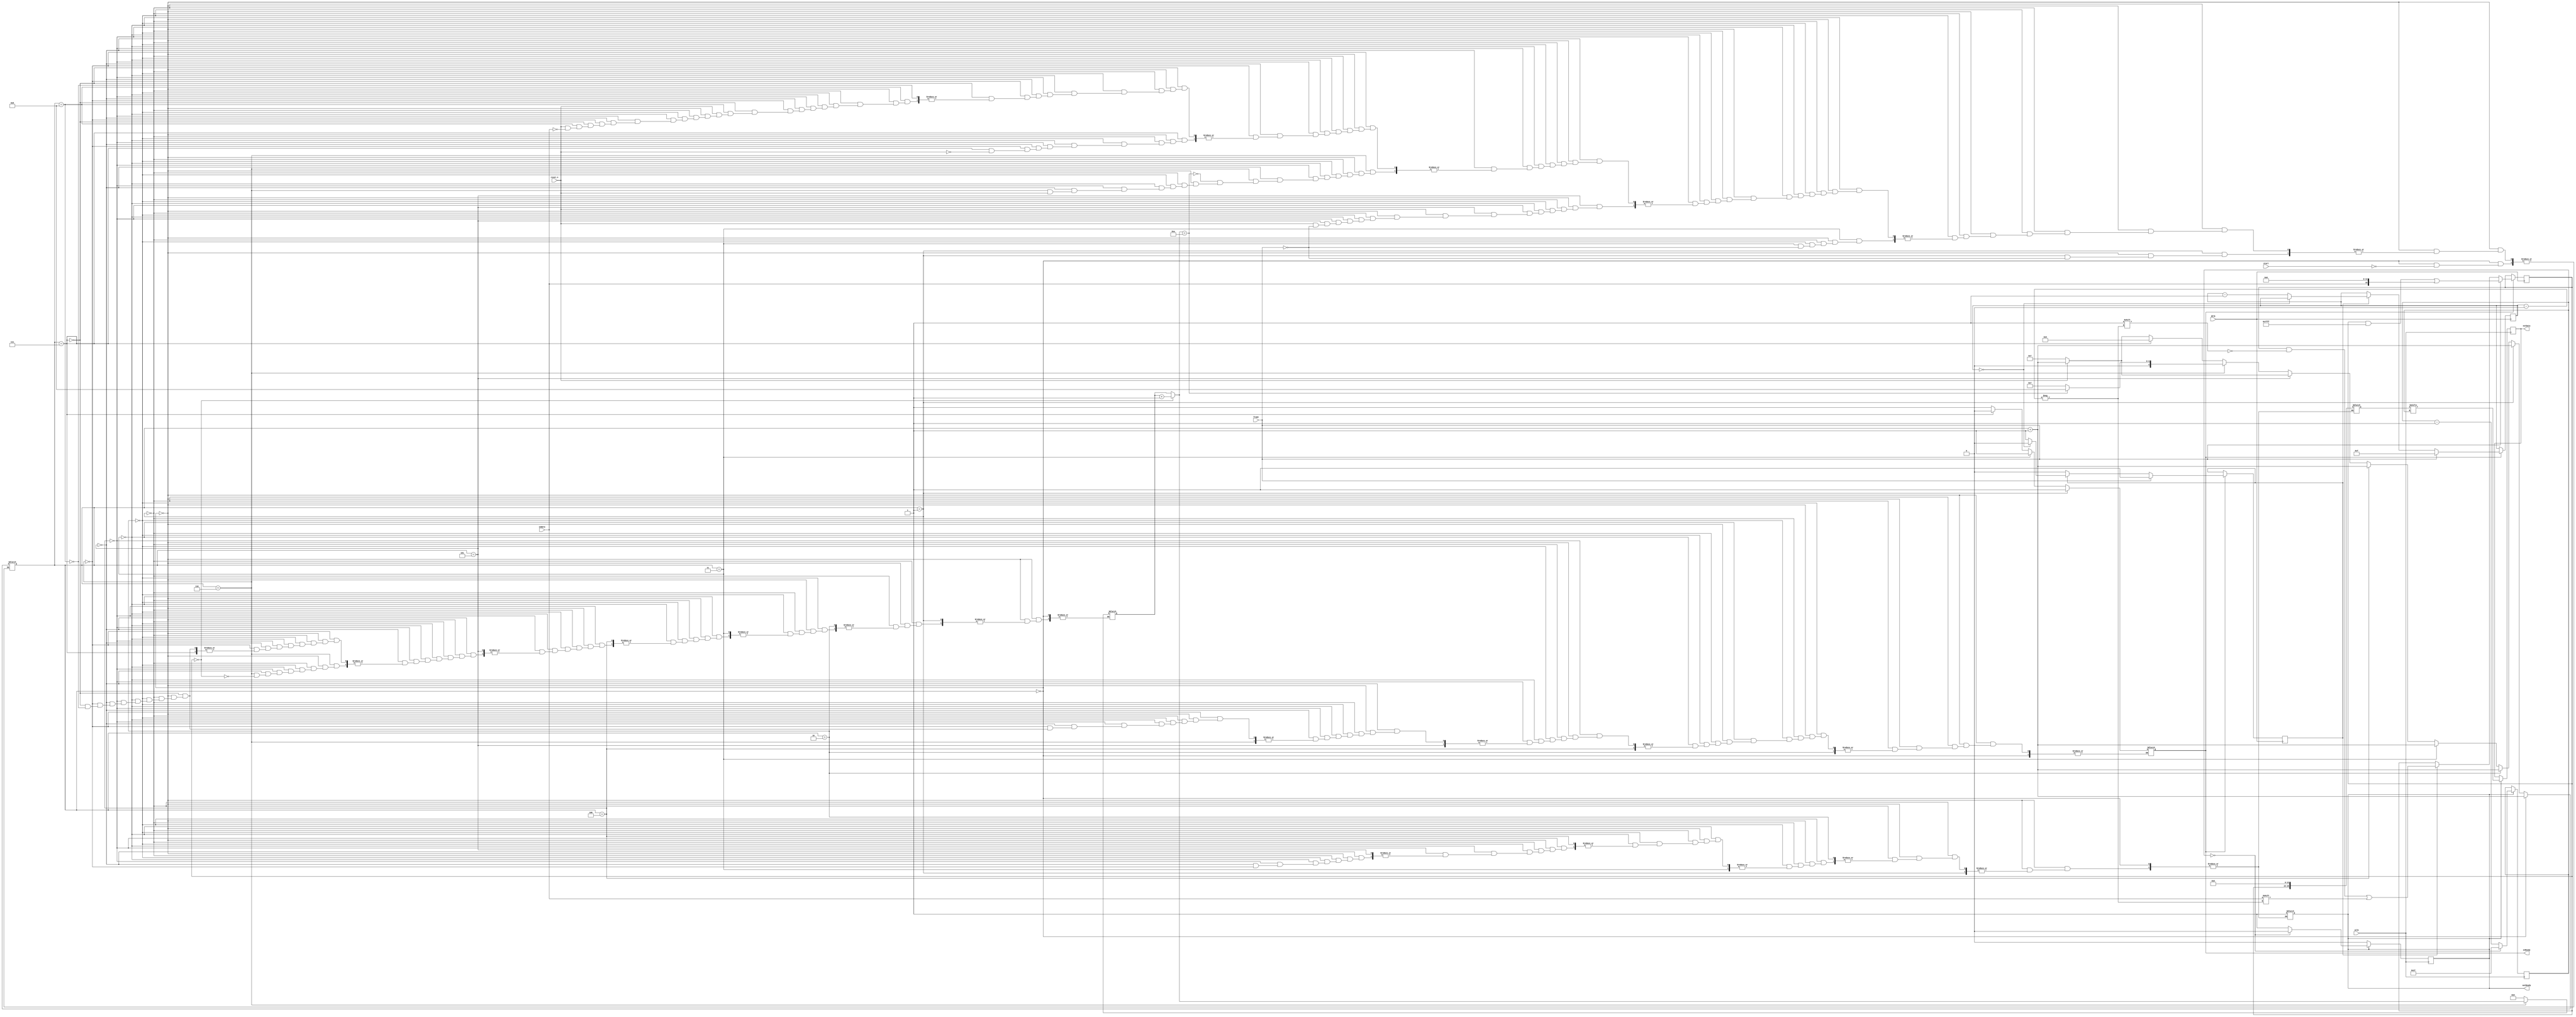
module MSDAP(
    input sClk, //26.88 MHz = Clock period of 38 ns
    input dClk, //768 kHz = Clock period of 1302 ns
    input start,
    input reset_n,
    input frame,
    input inData,
    output reg inReady,
    output reg outReady,
    output reg outData
    );
    
    //State memory
    reg [4:0] state = 4'b0000;
    
    //Registers
    reg [7:0] rj [0:15];        //16 Rj
    reg [15:0]coeff [0:511];    //512 coeff
    
    //Clearable Memory
    reg [15:0] data [0:1499];    //1500 data
    reg [15:0] tempIn;
    reg [31:0] zeroCount = 0;
    reg [39:0] tempOut;
    reg [3:0] inCount;
    reg [5:0] outCount = 39;
    reg readFlag = 0;
    reg writeFlag = 0;
    
    //Reading Input Data at falling edge of D Clock
    always @ (negedge dClk) begin
    
        if(inReady) begin                       //Only accept data when inReady is high
            if(frame) begin                     //Start when frame goes high
                readFlag = 1;                   //Set flag indicating reading has begun
                inCount = 15;                   //inCount keeps track the bits that have come in, starting with bit 15
                tempIn[inCount] = inData;       //Set the bit of tempIn at index inCount to the input data
            end
            else begin                          //If frame is low, we are either not reading yet, or we are in the middle of a chunk of data
                if(readFlag) begin              //If read flag is set to 1, we are in the middle of reading
                    tempIn[inCount] = inData;   //Set the bit of tempIn at index inCount to the input data
                    if(inCount == 0) begin      //If we have reached the last bit in the data sequence
                        readFlag = 0;           //Set readflag to 0 and wait for another frame signal
                    end
                    else                        //If we ahve not reached the last bit
                        inCount = inCount - 1;  //Decrement the inCount
                end 
            end
        end
    
    end
    
    //Writing output Data at rising edge of S Clock
    always @ (posedge sClk) begin
    
        if(outReady) begin                      //Only transmit data when outReady is high. This should be aligned with rising edge of frame. How???
            outData = tempOut[outCount];        //Set out data to value of tempOut at index of outCount
            if(outCount == 0) begin             //If we have reached the last bit
                outCount = 39;                  //Reset outCount to 39
                outReady = 0;                   //Set outReady to 0 until a new output is ready
            end 
            else                                //If we still have more bits to go
                outCount = outCount - 1;        //Decrement the outCount
        end
        
    end
    
    //Finite State Machine
    always begin   //Is this supposed to be sensitive to sClk???
    
        // State 0, Initialization
        if(state == 4'b0000) begin
            
            if(start) begin
                //Clear all registers
                state = state + 1;  //Next state is state 1
            end
        
        end
        
        //State 1, Wait to recieve Rj
        else if(state == 4'b0001) begin
        
            inReady = 1'b1;
            if(frame)
                state = state + 1;  //Next state is state 2
        
        end
        
        //State 2, Read Rj
        else if(state == 4'b0010) begin
        
            //Read Rj values
            state = state + 1;  //Next state is state 3
        
        end
        
        //State 3, Wait to recieve Coefficient
        else if(state == 4'b0011) begin
        
            inReady = 1'b1;
            if(frame)
                state = state + 1;  //Next state is state 4
        
        end
        
        //State 4, Reading coefficient
        else if(state == 4'b0100) begin
        
            //Read coefficients
            state = state + 1;  //Next state is state 5
        
        end
        
        //State 5, Waiting to recieve data
        else if(state == 4'b0101) begin
        
            if(!reset_n)            //If reset is low
                state = 4'b0111;    //Nest state is state 7
            else if(frame)
                state = state + 1;  //Next state is state 6
        
        end
        
        //State 6, Working mode 
        else if(state == 4'b0110) begin
        
            if(!reset_n)            //If reset is low
                state = 4'b0111;    //Nest state is state 7
                
            //Computation done here
            tempOut = {tempIn, 24'h000000}; //Extend input to 40 bits 
            outReady = 1;
            
            if(tempIn == 0)                 //If input data is all zeros, increment zero counter
                zeroCount = zeroCount + 1;
            
            if(zeroCount == 10)             //If zero counter has reached 10, next state is state 8
                state = 4'b1000;
        
        end
        
        //State 7, Clearing mode
        else if(state == 4'b0111) begin
        
            inReady = 0;
            //Clear all registers except Rj and coefficients
            if(reset_n)             //If reset is not low, proceed to state 5. Else repeat state 7.
                state = 4'b0101;    //Next state is state 5
        
        end
        
        //State 8, Sleeping mode
        else if(state == 4'b1000) begin
        
            inReady = 1;
            zeroCount = 0;              //Reset zero counter
            if(!reset_n)                //If reset is low
                state = 4'b0111;        //Next state is state 7
            else if(inData)             //If any nonzero input detected
                state = state + 1;      //Next state is state 6
        
        end
    
    end
    
    //Reset ??? Unsure if this needs its own always or if it can be in the FSM's sensitivity list
    always @ (!reset_n) begin   //When reset is set low
    
        
    
    end
    
endmodule